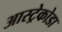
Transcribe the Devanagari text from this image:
आस्ट्रेकोडा